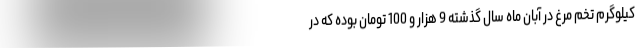
کیلوگرم تخم مرغ در آبان ماه سال گذشته 9 هزار و 100 تومان بوده که در